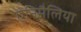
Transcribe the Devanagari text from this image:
ऐनिमैलिया